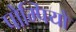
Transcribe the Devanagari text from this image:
पोम्पियो